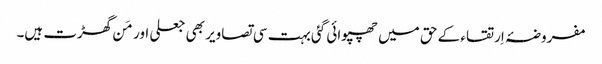
مفروضۂ اِرتقاء کے حق میں چھپوائی گئی بہت سی تصاویر بھی جعلی اور مَن گھڑت ہیں۔